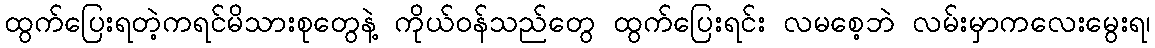
ထွက်ပြေးရတဲ့ကရင်မိသားစုတွေနဲ့ ကိုယ်ဝန်သည်တွေ ထွက်ပြေးရင်း လမစေ့ဘဲ လမ်းမှာကလေးမွေးရ၊